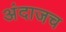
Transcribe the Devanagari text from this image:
अंदाजच